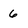
Character: 6